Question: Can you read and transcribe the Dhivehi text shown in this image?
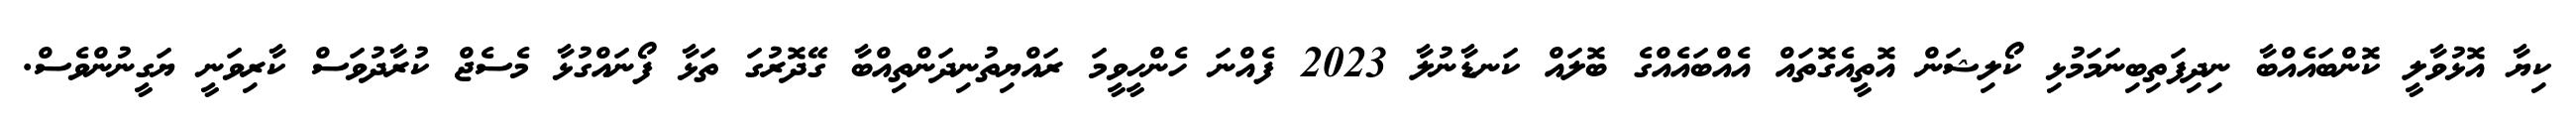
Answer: ކިޔާ އޮޅުވާލީ ކޮންބައެއްބާ ނިދިފަތިބިނަމަމުޅި ކޯލިޝަން އޮތީއެގޮތައް އެއްބައެއްގެ ބޮލައް ކަނޑާނުލާ 2023 ފެއްނަ ހެންހީވީމަ ރައްޔިތުނިދަންތިއްބާ ގޭދޮރުގަ ތަޅާ ފޯނައްގުޅާ މެސެޖް ކުރާދުވަސް ކާރިވަނީ ޔަގީނުންވެސް.